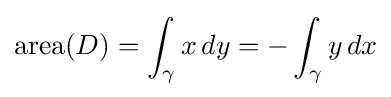
\mathrm {area} (D)=\int _{\gamma }x\,dy=-\int _{\gamma }y\,dx